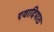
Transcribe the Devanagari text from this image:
एवादिपाठ